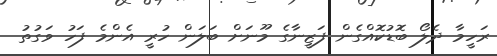
ރަހީމާ ދެލޯ ބޮޑުކޮއްގެން ފަޒީނާގެ މޫނަށް ބަލަން ހުރީ އެންމެ ފަހު ވަގުތު